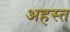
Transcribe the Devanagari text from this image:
अहस्त